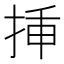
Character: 挿